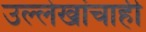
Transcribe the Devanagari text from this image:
उल्लेखांचाही